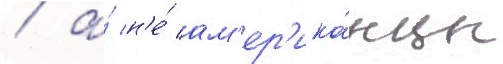
/ а́ н'е́ ам'ер'ика́нцы